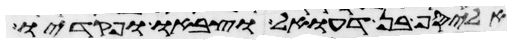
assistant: אליסף בן דעואל וצבאו ופקדיו